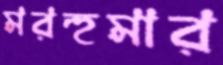
মরহুমার